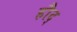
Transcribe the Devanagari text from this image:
हौद्